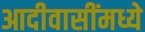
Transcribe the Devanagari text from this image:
आदीवासींमध्ये